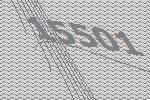
15501